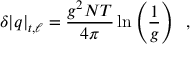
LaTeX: \delta | q | _ { t , \ell } = { \frac { g ^ { 2 } N T } { 4 \pi } } \ln \left( { \frac { 1 } { g } } \right) \; \; ,